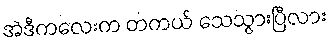
အဲဒီကလေးက တကယ် သေသွားပြီလား